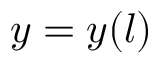
y = y ( l )